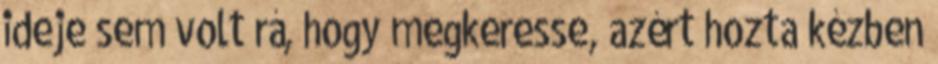
ideje sem volt rá, hogy megkeresse, azért hozta kézben